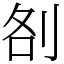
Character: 㓢